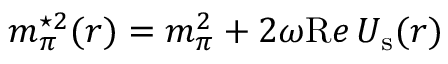
m _ { \pi } ^ { \star 2 } ( r ) = m _ { \pi } ^ { 2 } + 2 \omega { \mathrm R e } \, U _ { \mathrm { s } } ( r )